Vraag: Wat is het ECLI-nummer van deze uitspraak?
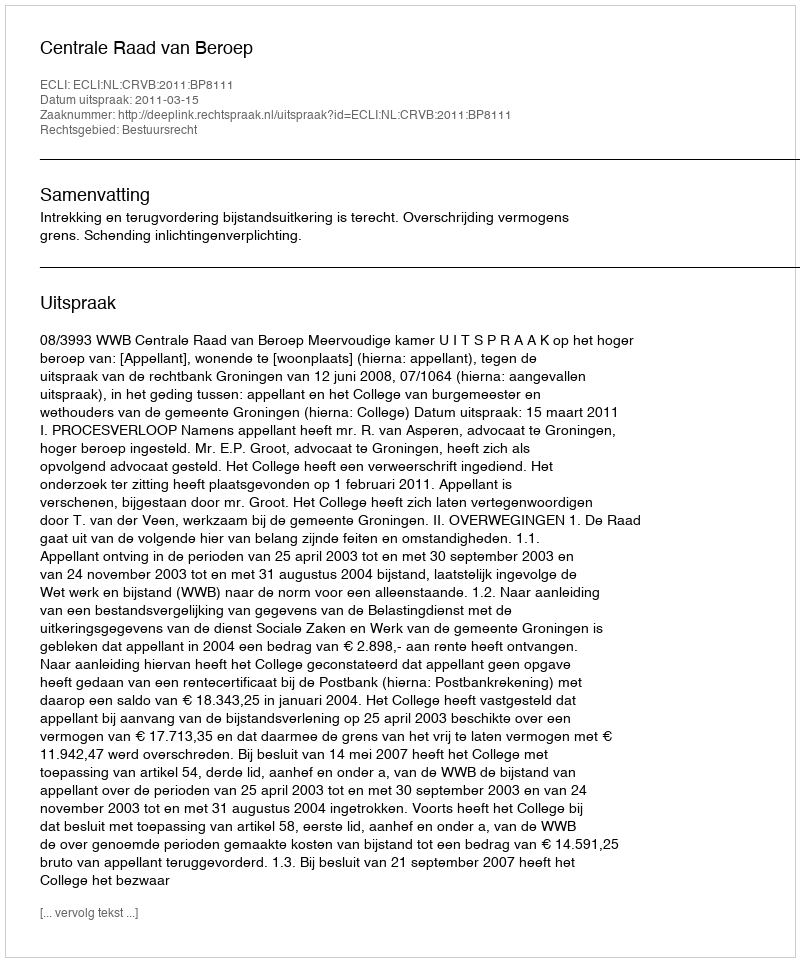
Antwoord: ECLI:NL:CRVB:2011:BP8111